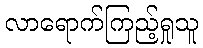
လာရောက်ကြည့်ရှုသူ